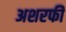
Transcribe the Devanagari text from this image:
अशरफी